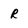
Character: R